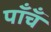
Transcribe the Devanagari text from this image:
पाँँच